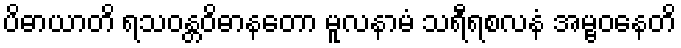
ပိဓာယာတိ ရသဝန္တဝိဓာနတော မူလနာမံ သရီရစလနံ အမ္ဗဝနေတိ